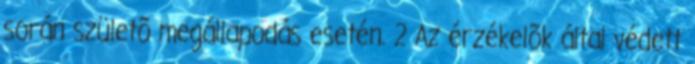
során születõ megállapodás esetén. 2 Az érzékelõk által védett